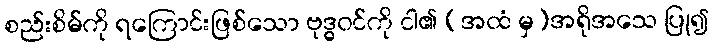
စည်းစိမ်ကို ရကြောင်းဖြစ်သော ဗုဒ္ဓဝင်ကို ငါ၏ (အထံ မှ)အရိုအသေ ပြု၍